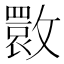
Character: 𭤌